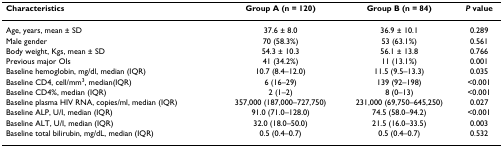
| Characteristics | Group A (n = 120) | Group B (n = 84) | P value |
 | --- | --- | --- | --- |
 | Age, years, mean ± SD | 37.6 ± 8.0 | 36.9 ± 10.1 | 0.289 |
 | Male gender | 70 (58.3%) | 53 (63.1%) | 0.561 |
 | Body weight, Kgs, mean ± SD | 54.3 ± 10.3 | 56.1 ± 13.8 | 0.766 |
 | Previous major OIs | 41 (34.2%) | 11 (13.1%) | 0.001 |
 | Baseline hemoglobin, mg/dl, median (IQR) | 10.7 (8.4–12.0) | 11.5 (9.5–13.3) | 0.035 |
 | Baseline CD4, cell/mm3, median(IQR) | 6 (16–29) | 139 (92–198) | <0.001 |
 | Baseline CD4%, median (IQR) | 2 (1–2) | 8 (0–13) | <0.001 |
 | Baseline plasma HIV RNA, copies/ml, median (IQR) | 357,000 (187,000–727,750) | 231,000 (69,750–645,250) | 0.027 |
 | Baseline ALP, U/I, median (IQR) | 91.0 (71.0–128.0) | 74.5 (58.0–94.2) | <0.001 |
 | Baseline ALT, U/I, median (IQR) | 32.0 (18.0–50.0) | 21.5 (16.0–33.5) | 0.003 |
 | Baseline total bilirubin, mg/dL, median (IQR) | 0.5 (0.4–0.7) | 0.5 (0.4–0.7) | 0.532 |